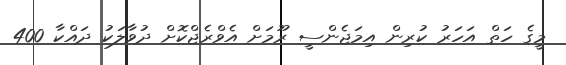
މީގެ ހަތް އަހަރު ކުރިން އިމަޖެންސީ ރޫމަށް އެވްރެޖްކޮށް ދުވާލަކު ދައްކާ 400